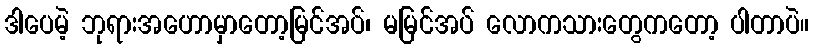
ဒါပေမဲ့ ဘုရားအဟောမှာတော့မြင်အပ်၊ မမြင်အပ် လောကသားတွေကတော့ ပါတာပဲ။